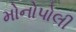
મોનોપોલી